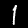
Digit: 1